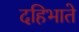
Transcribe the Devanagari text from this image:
दहिभाते